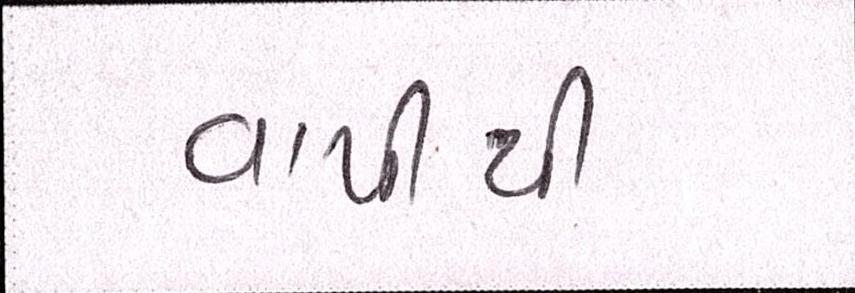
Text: વાપીથી